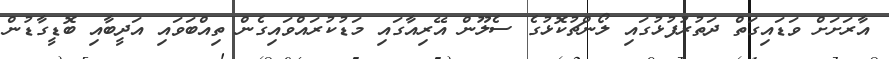
އާރަށަށް ވަޑައިގަތް ދަތުރުފުޅުގައި ލޯންޗުކޮޅުގެ ސެލޫން އޭރިއާގައި މަޑުކުރައްވައިގެން ތިއްބަވައި އަދީބާއި ބޮޑީގާޑުން